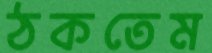
ঠকতেম